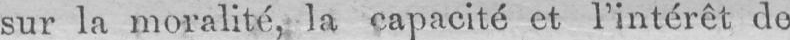
sur la moralité, la capacité et l’intérêt de